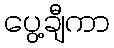
ပွေ့ချီကာ